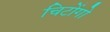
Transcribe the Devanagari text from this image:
चिटोंगो